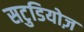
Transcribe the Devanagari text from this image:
सटुडियोज़